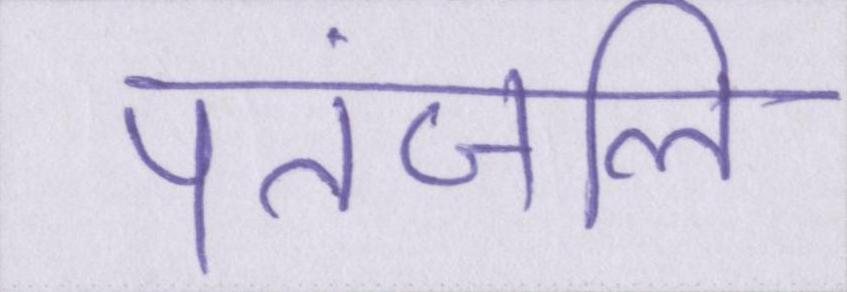
पतंजलि